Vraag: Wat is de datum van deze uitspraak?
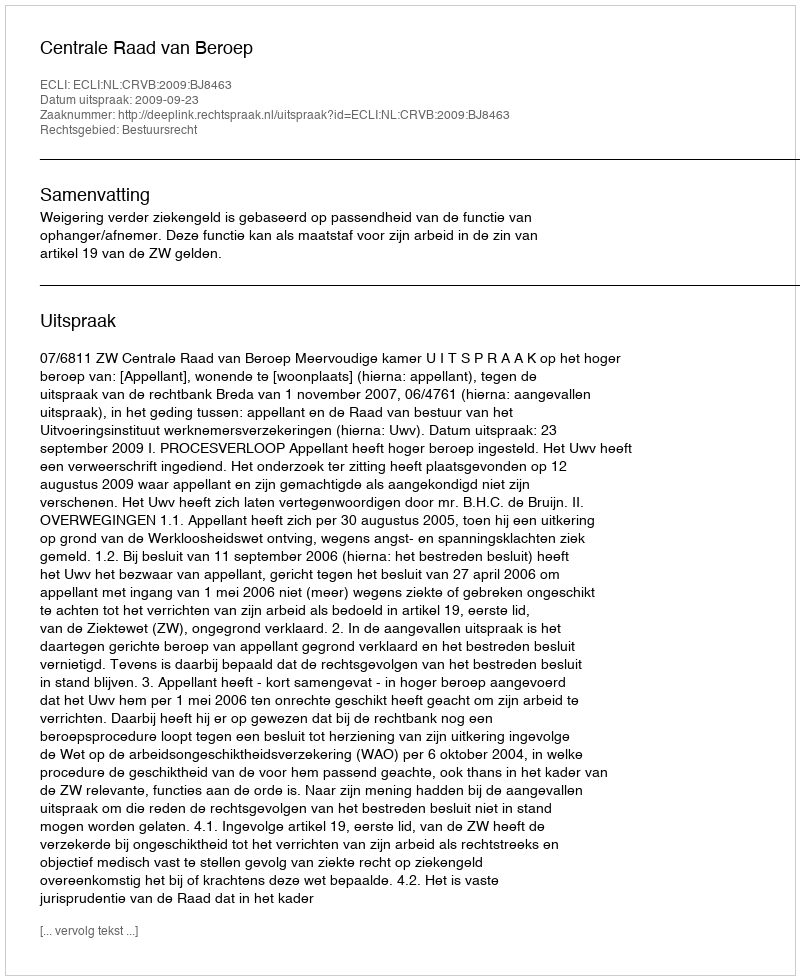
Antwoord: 2009-09-23